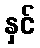
နှင်